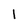
Character: 1